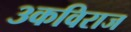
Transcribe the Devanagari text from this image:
३कविराज